Indian Medical Review
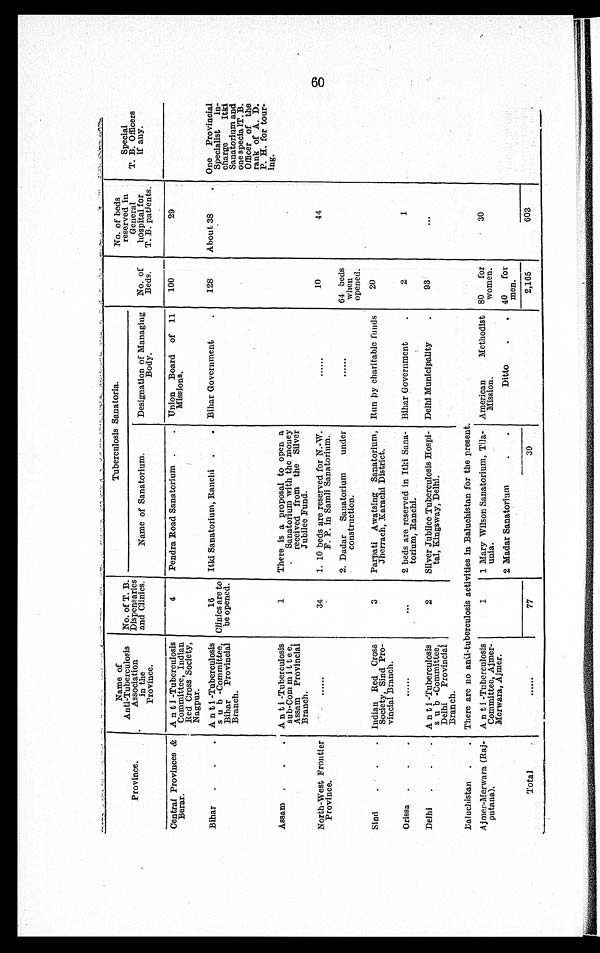
Province.
Name of
Anti-Tuberculosis
Association
in the
Province.
No. of T. B
. Dispensaries
and Clinics.
Tuberculosis Sanatoria.
No. of
Beds.
No. of beds
reserved in
General
hospital for
T. B. patients.
Special
T. B. Officers
if any.
60
Name of Sanatorium.
Designation of Managing
Body.
Central Provinces &
Berar.
Anti-Tuberculosis
Committee, Indian
Red Cross Society,
Nagpur.
4
Pendra Road Sanatorium
Union Board of 11
Missions.
100
29
Bihar
Anti-Tuberculosis
sub-Committee,
Bihar Provincial
Branch.
16
Clinics are to
be opened.
Itki Sanatorium, Ranchi
Bihar Government
128
About 38
One Provincial
Specialist in
charge Itki
Sanatorium and
one specia IT. B.
Officer of the
rank of A. D.
P. H. for tour
-ing.
Assam
Anti-Tuberculosis
sub-Committee,
Assam Provincial
Branch.
1
There is a proposal to open a
Sanatorium with the money
received from the Silver
Jubilee Fund.
North-West Frontier
Province.
. . . . . .
3 4
1. 10 beds are reserved for N.-W.
F. P. in Samli Sanatorium.
......
10
44
2. Dadar Sanatorium unde
r construction.
......
64 beds
when
opened.
Sind
Indian Red Cross
Society, Sind Pro
-vincial Branch.
3
Parpati Awatsing Sanatorium,
Jherrach, Karachi District.
Run by charitable funds
20
Orissa
. . . . . .
. . .
2 beds are reserved in Itki Sana
-torium, Ranchi.
Bihar Government
2
1
Delhi
Anti-Tuberculosis
sub-Committee,
Delhi Provincial
Branch.
2
Silver Jubilee Tuberculosis Hospi
-tal, Kingsway, Delhi.
Delhi Municipality
93
. . .
Baluchistan
There are no anti-tuberculosis activities in Baluchistan for the present.
Ajmer-Merwara (Raj
-putana).
Anti-Tuberculosis
Committee, Ajmer-
Merwara, Ajmer.
1
1 Mary Wilson Sanatorium, Tila
-unia.
American Methodist
Mission.
80 for
women.
30
2 Madar Sanatorium
Ditto
40 for
men.
Tota l
...
77
39
2,165
603